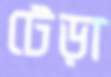
টেড়া